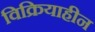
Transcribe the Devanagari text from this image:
विक्रियाहीन